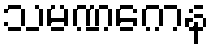
သမဏကေန